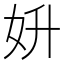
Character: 𡛈